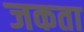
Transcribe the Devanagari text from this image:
जकता